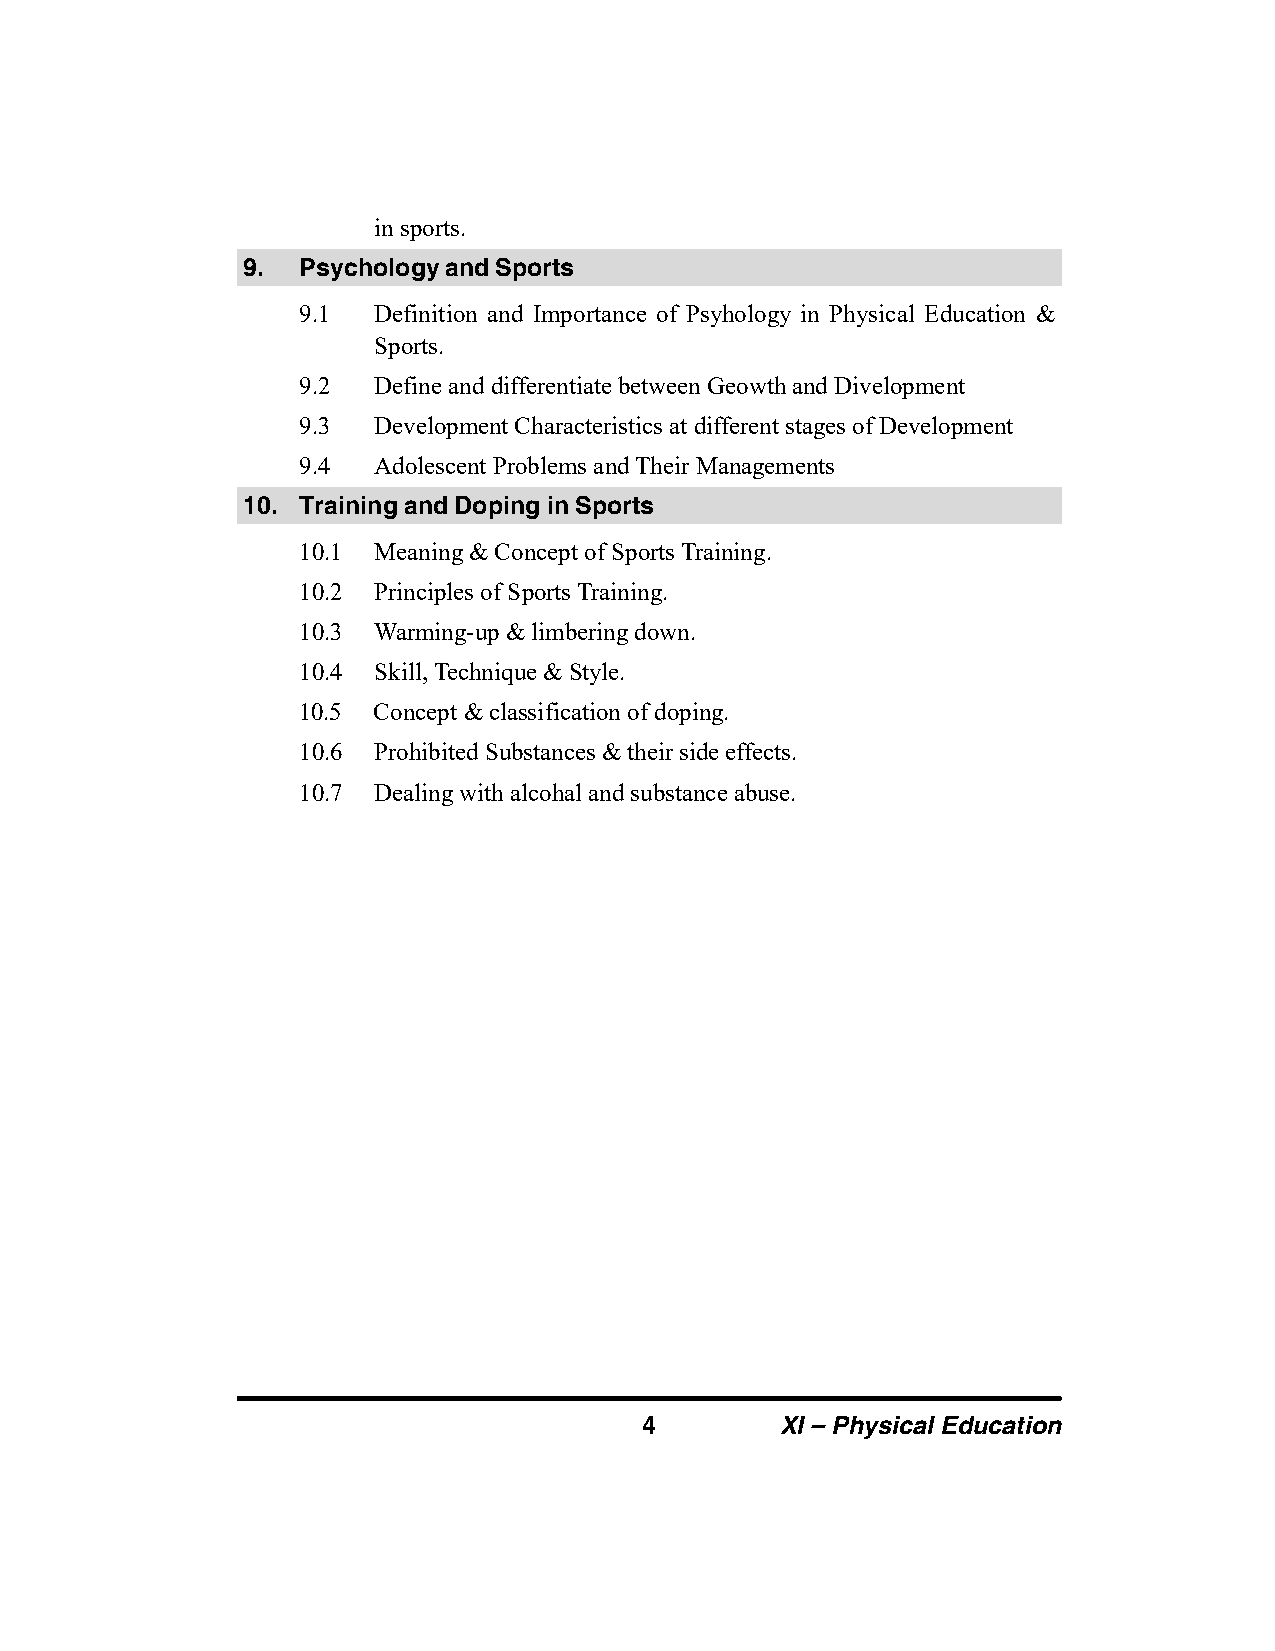
in sports.
 9.  Psychology and Sports
 9.1  Definition and Importance of Psyhology in Physical Education &
 Sports.
 9.2  Define and differentiate between Geowth and Divelopment
 9.3  Development Characteristics at different stages of Development
 9.4  Adolescent Problems and Their Managements
 10. Training and Doping in Sports
 10.1 Meaning & Concept of Sports Training.
 10.2 Principles of Sports Training.
 10.3 Warming-up & limbering down.
 10.4 Skill, Technique & Style.
 10.5 Concept & classification of doping.
 10.6 Prohibited Substances & their side effects.
 10.7 Dealing with alcohal and substance abuse.
 4        XI – Physical Education